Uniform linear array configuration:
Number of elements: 8
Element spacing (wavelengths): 1
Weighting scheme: uniform
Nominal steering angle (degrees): -30
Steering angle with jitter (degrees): -31.285
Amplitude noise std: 0.05
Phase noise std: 0.05

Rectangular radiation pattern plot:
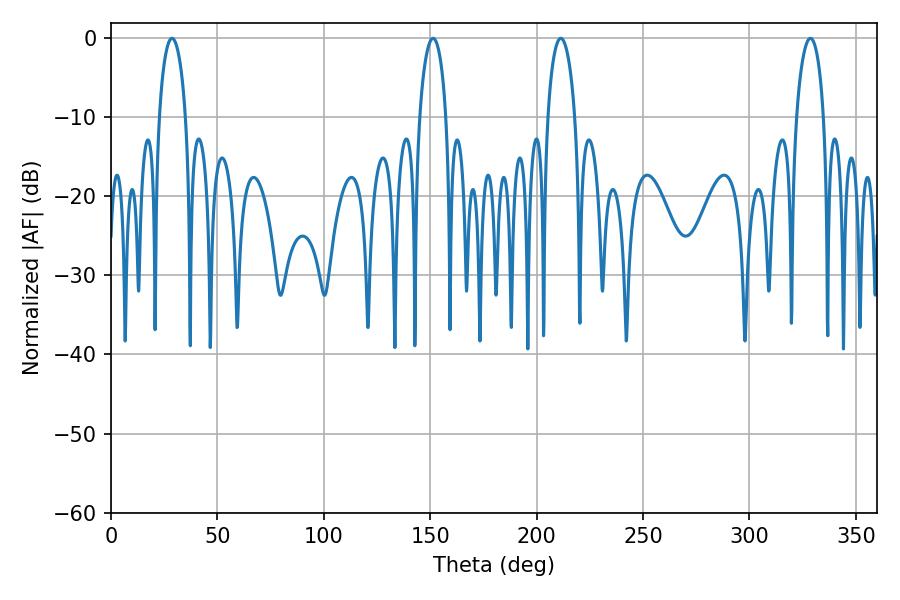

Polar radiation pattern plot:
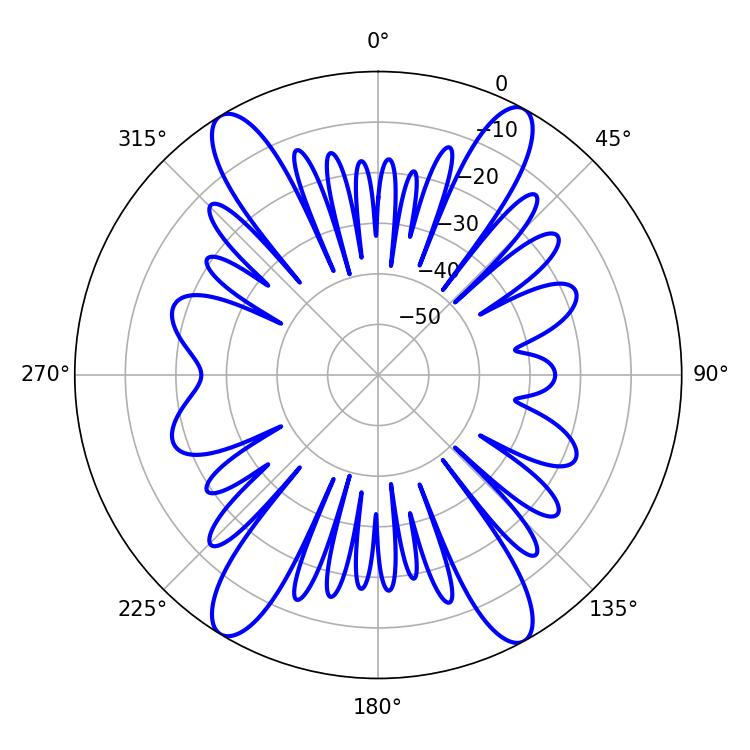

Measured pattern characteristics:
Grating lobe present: TRUE
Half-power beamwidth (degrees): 7.38
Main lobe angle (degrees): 211.32